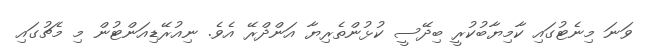
ވަނަ މިނެޓުގައި ކާމިޔާބުކުރީ ބިދޭސީ ކުޅުންތެރިޔާ އަންދްރޭ އެވެ. ނިއުރޭޑިއަންޓުން މި މެޗުގައި